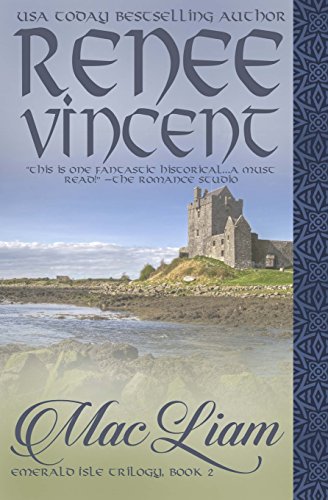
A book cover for Mac Liam: Emerald Isle Trilogy, Book Two; Renee Vincent; Romance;